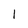
Character: 1